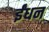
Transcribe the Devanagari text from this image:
र्इंधन